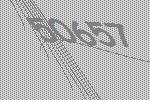
50657